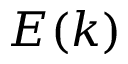
E ( k )